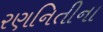
રણનિતીના